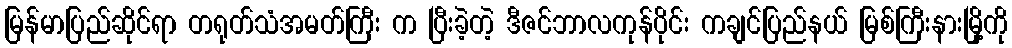
မြန်မာပြည်ဆိုင်ရာ တရုတ်သံအမတ်ကြီး က ပြီးခဲ့တဲ့ ဒီဇင်ဘာလကုန်ပိုင်း ကချင်ပြည်နယ် မြစ်ကြီးနားမြို့ကို